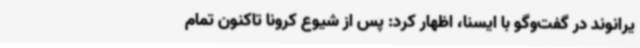
یرانوند در گفت‌وگو با ایسنا، اظهار کرد: پس از شیوع کرونا تاکنون تمام